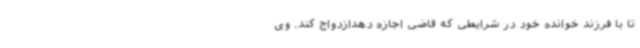
تا با فرزند خوانده خود در شرایطی که قاضی اجازه دهدازدواج کند. وی